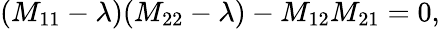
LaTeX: (M_{11}-\lambda)(M_{22}-\lambda)-M_{12}M_{21}=0,